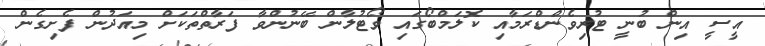
އީސީ އިން ބުނީ ޓުރިވެންޑްރަމާއި ކޮލަމްބޯގައި ވޯޓުލާން ބޭނުންވާ ފަރާތްތަކަށް މިއަދުން ފެށިގެން